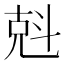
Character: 𠒚